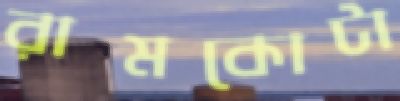
রামকোটা